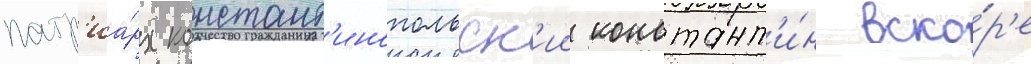
патр'иа́рх констант'инопольск'ии констант'и́н вско́р'е